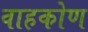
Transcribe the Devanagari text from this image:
वाहकोण